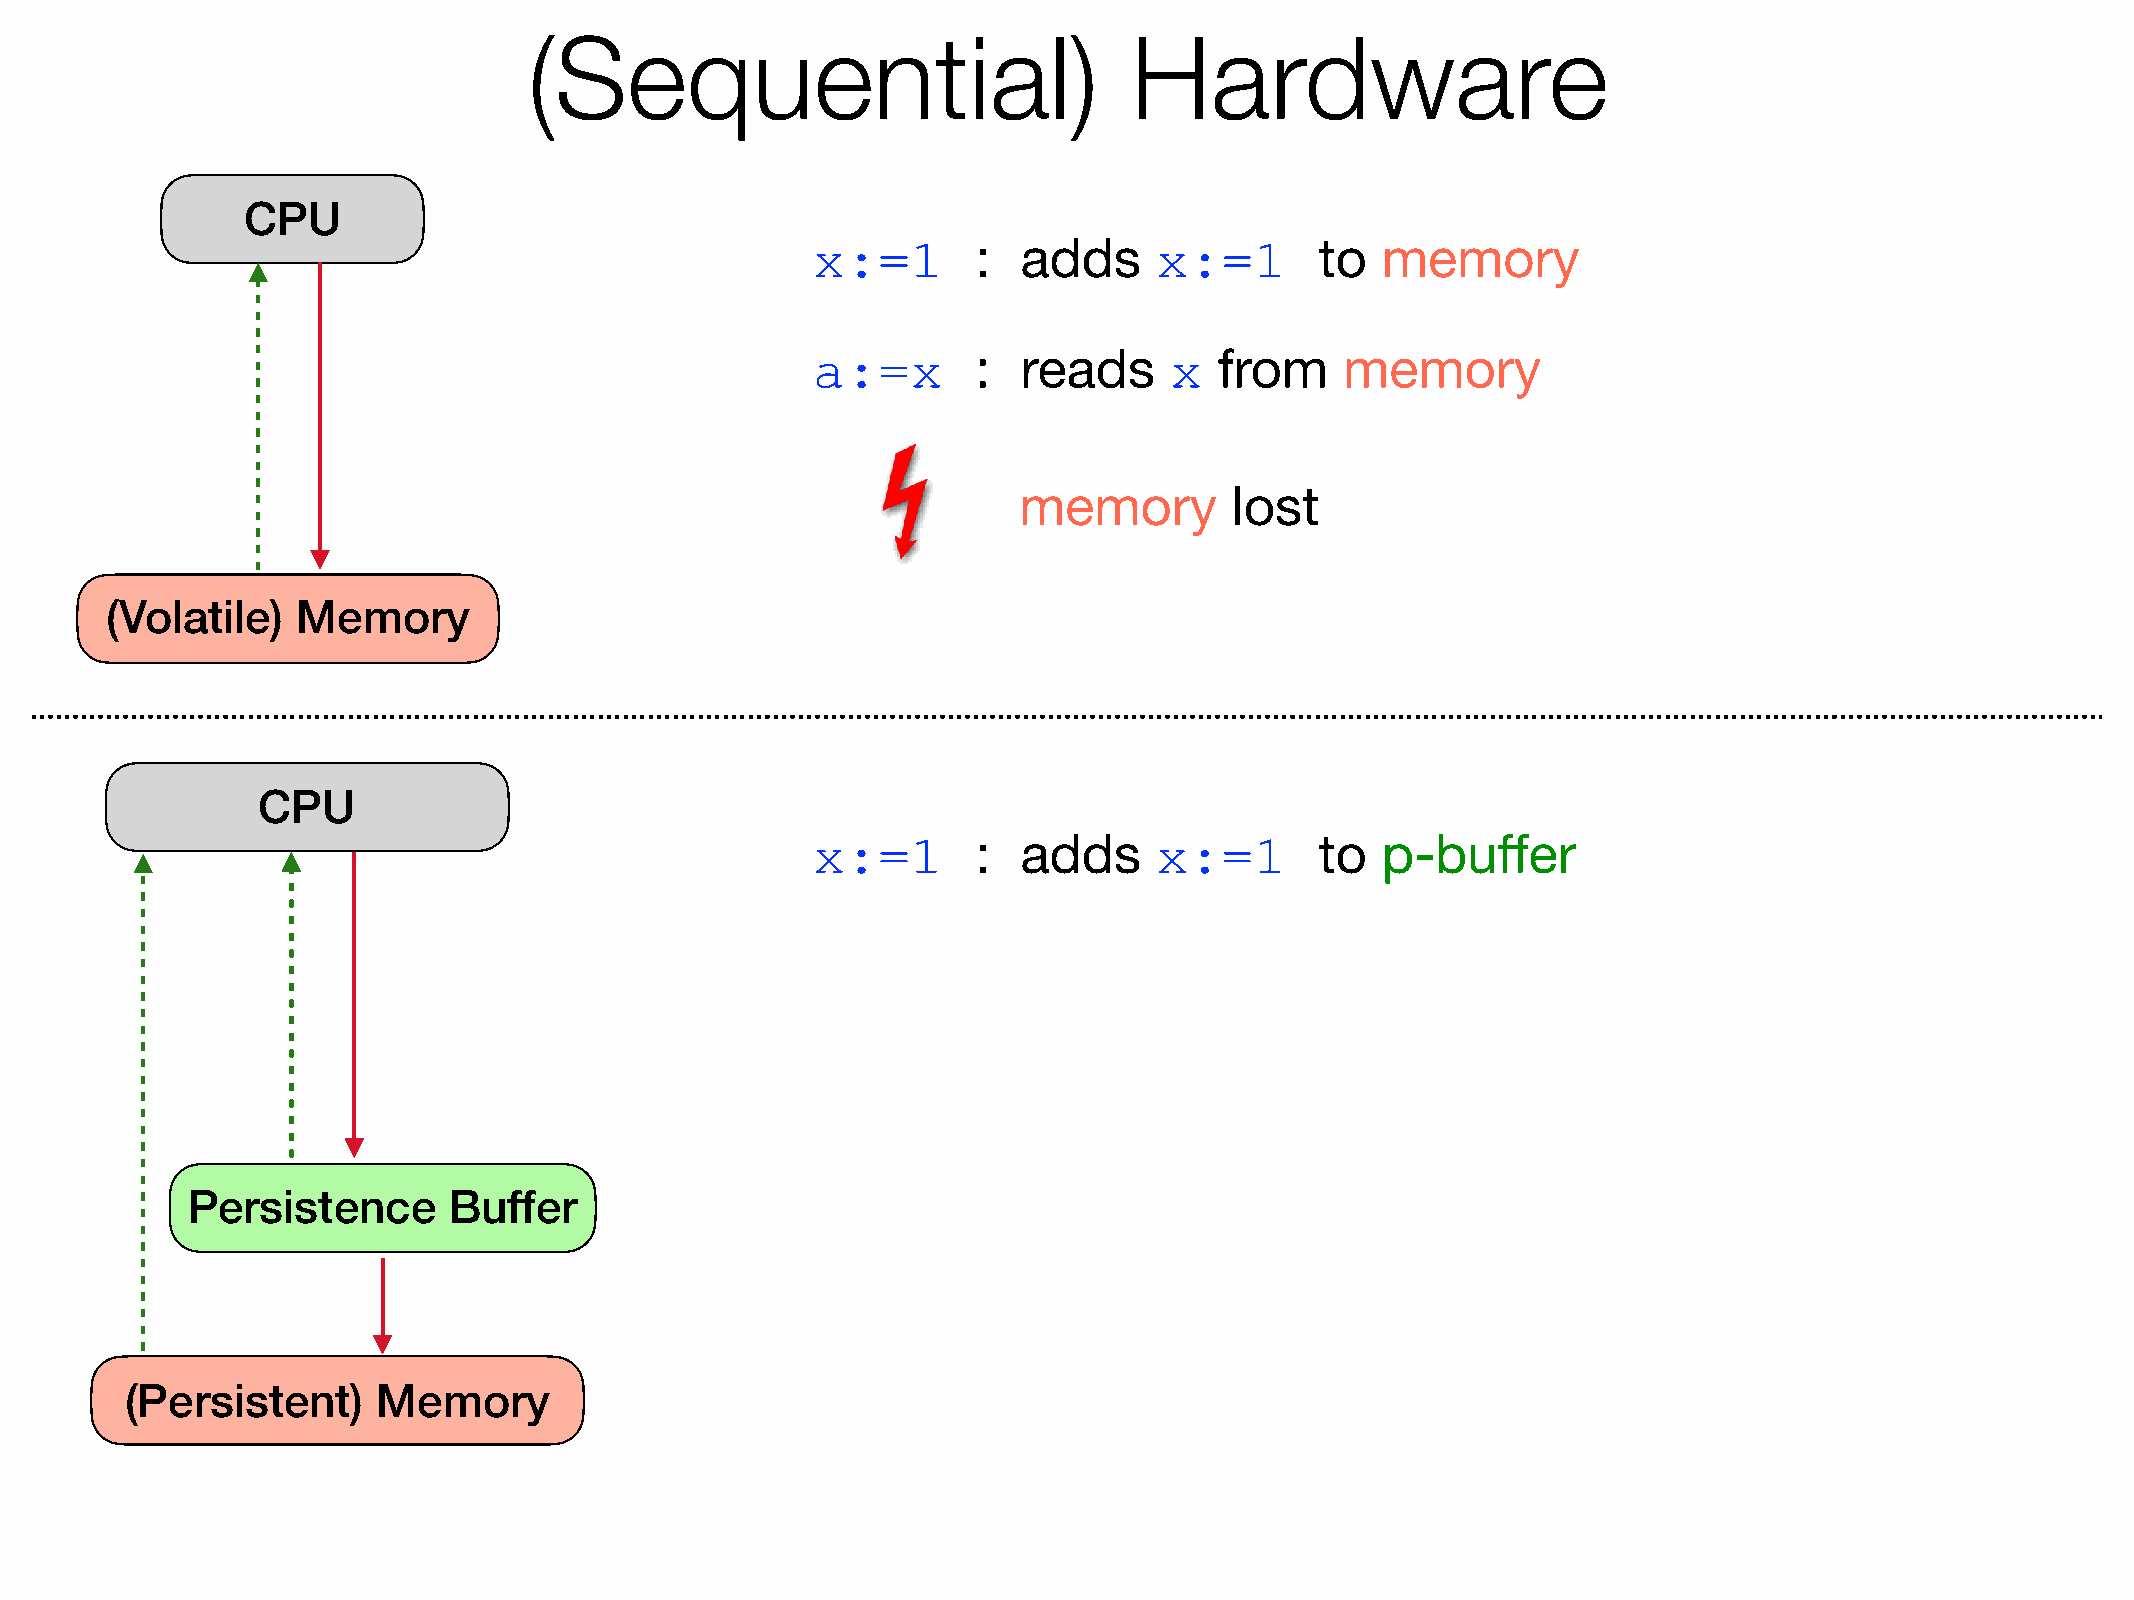
(Sequential)                            Hardware
 CPU
 x:=1       :  adds     x:=1      to  memory
 a:=x       :  reads    x   from    memory
 memory         lost
 (Volatile)   Memory
 CPU
 x:=1       :  adds     x:=1      to  p-buffer
 Persistence       Buffer
 (Persistent)     Memory